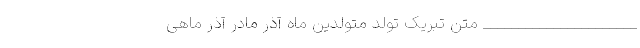
______________________ متن تبریک تولد متولدین ماه آذر مادر آذر ماهی